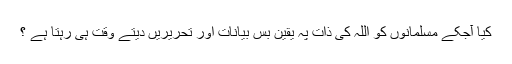
کیا آجکے مسلمانوں کو اللہ کی ذات پہ یقین بس بیانات اور تحریریں دیتے وقت ہی رہتا ہے ؟